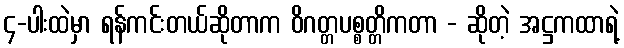
၄-ပါးထဲမှာ ရန်ကင်းတယ်ဆိုတာက ဝိဂတ္တပစ္စတ္တိကတာ - ဆိုတဲ့ အဋ္ဌကထာရဲ့